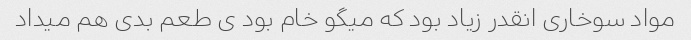
مواد سوخاری انقدر زیاد بود که میگو خام بود ی طعم بدی هم میداد